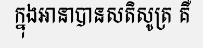
ក្នុងអានាបានសតិសូត្រ គឺ